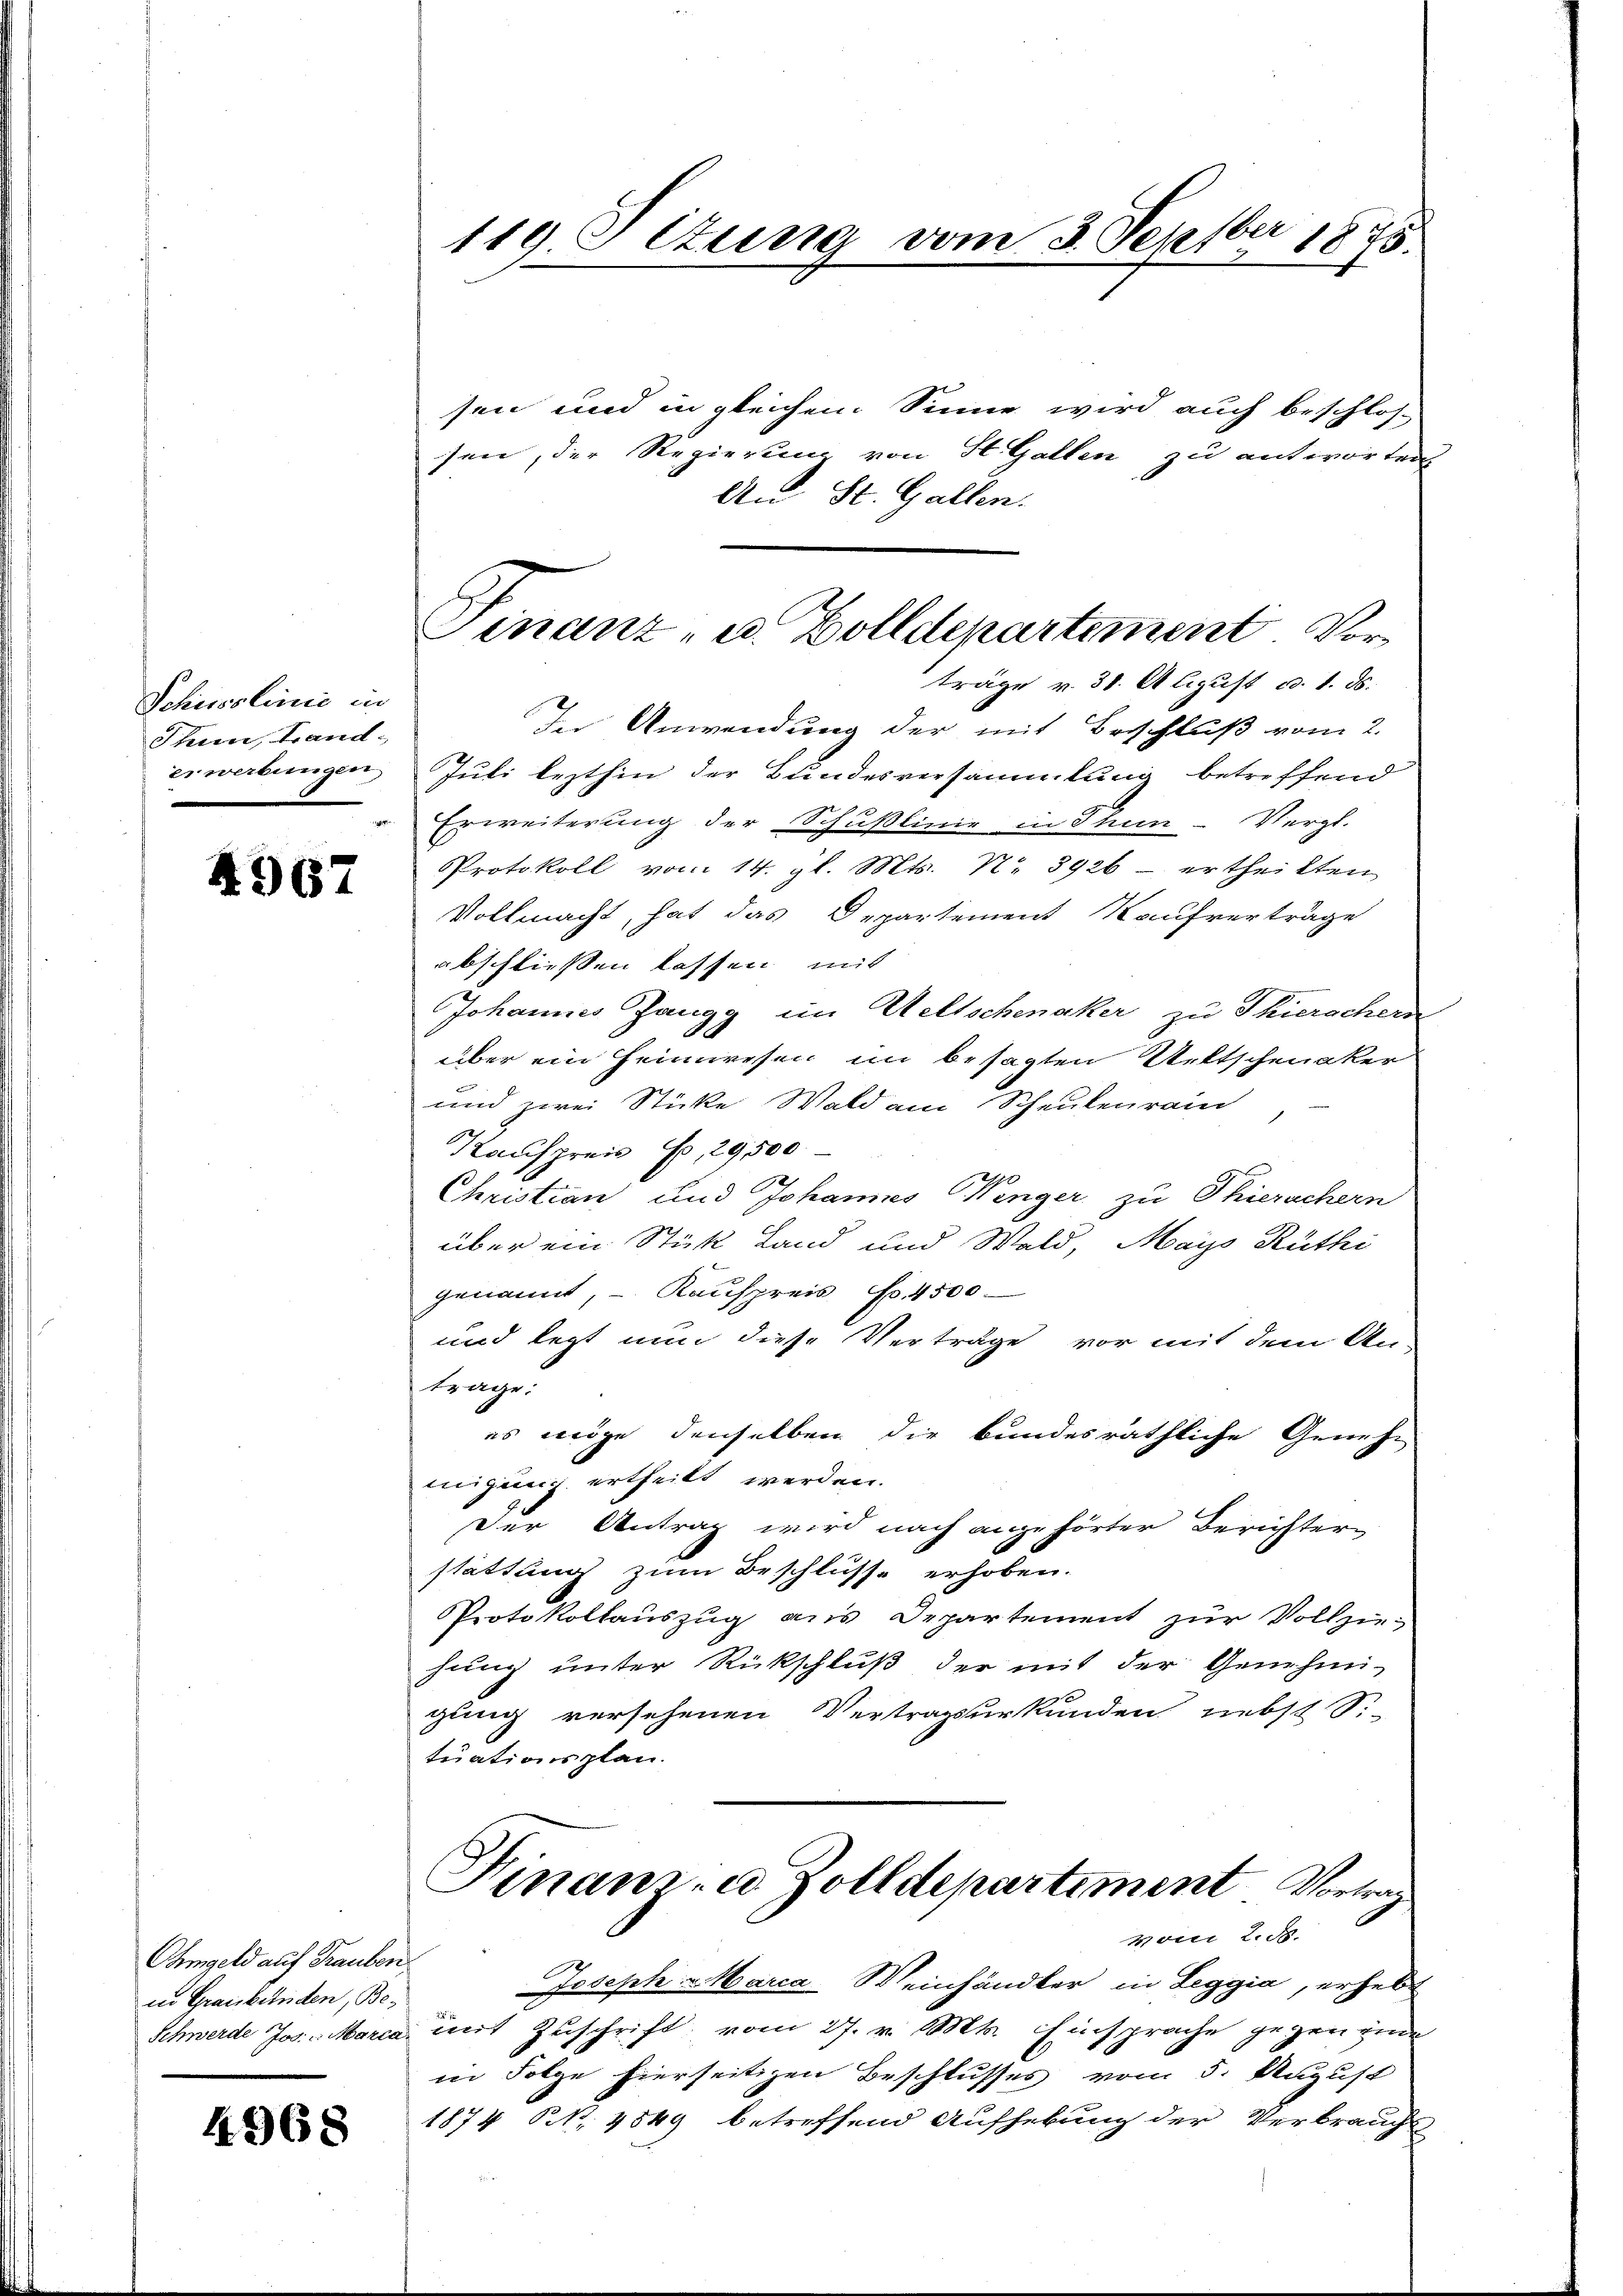
Schisslinie in
Thun, Trand-
erwerbungen

4967

Ohmgeld auf Trauben.
in Graubünden, Be¬

4968

sen und in gleichem Sinne wird auch beschlos-
sen, der Regierung von St. Gallen zu antworten
An St. Gallen.
träge u. 30. August c. 1. ds.
In Anwendung der mit Beschluß vom 2.
Juli lezthin der Bundesversammlung betreffend
Erweiterung der Schußlinie in Thun- Vergl.
Protokoll vom 14. gl. Mts. N. 3926 - ertheilten
Vollmacht, hat das Departement Kaufverträge
abschliessen lassen, mit
Johannes Zangg im Weltschenaker zu Thierschern
über ein Heimwesen im besagten Weltschenker
und zwei Stücke Wald am Scheulenrain
Kaufpreis Fr. 29500
2
Christian und Johannes Wenger zu Thierachern
über ein Stück Land und Wald, Mays Rüthi
genannt, - Kaufpreis No. 4500
und legt nun diese Verträge vor mit dem An-
trage:
es möge denselben die bundesräthliche Genehmigung ertheilt werden.
Der Antrag wird nach angehörter Berichterstattung zum Beschlüsse erhoben.
Protokollauszug aus Departement zur Vollziehung unter Rückschluß der mit der Genehmi-
gung versehenen Vertragsurkunden nebst S.
tuationsplan.
Finanz-a Zolldepartiment Vortrag
Moner 2. ds.
Joseph Marca Weinhändler in Leggia, erhebt
Schwerde Jos. Marca mit Zuschrift vom 27. v. Mts. Einsprache gegen ende
in Folge hierseitigen Beschlusses vom 5. August
1874 NNo. 4549 betreffend Aufhebung der Verbrauchs-

119. Ilzung vom 3. Septber 1875.

Finanz- u. Zolldepartement Vor¬